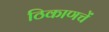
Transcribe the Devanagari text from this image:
ठिकाणचें